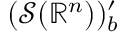
( { \mathcal { S } } ( \mathbb { R } ^ { n } ) ) _ { b } ^ { \prime }